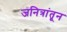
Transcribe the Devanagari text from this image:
जनित्रांतून